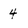
Character: 4